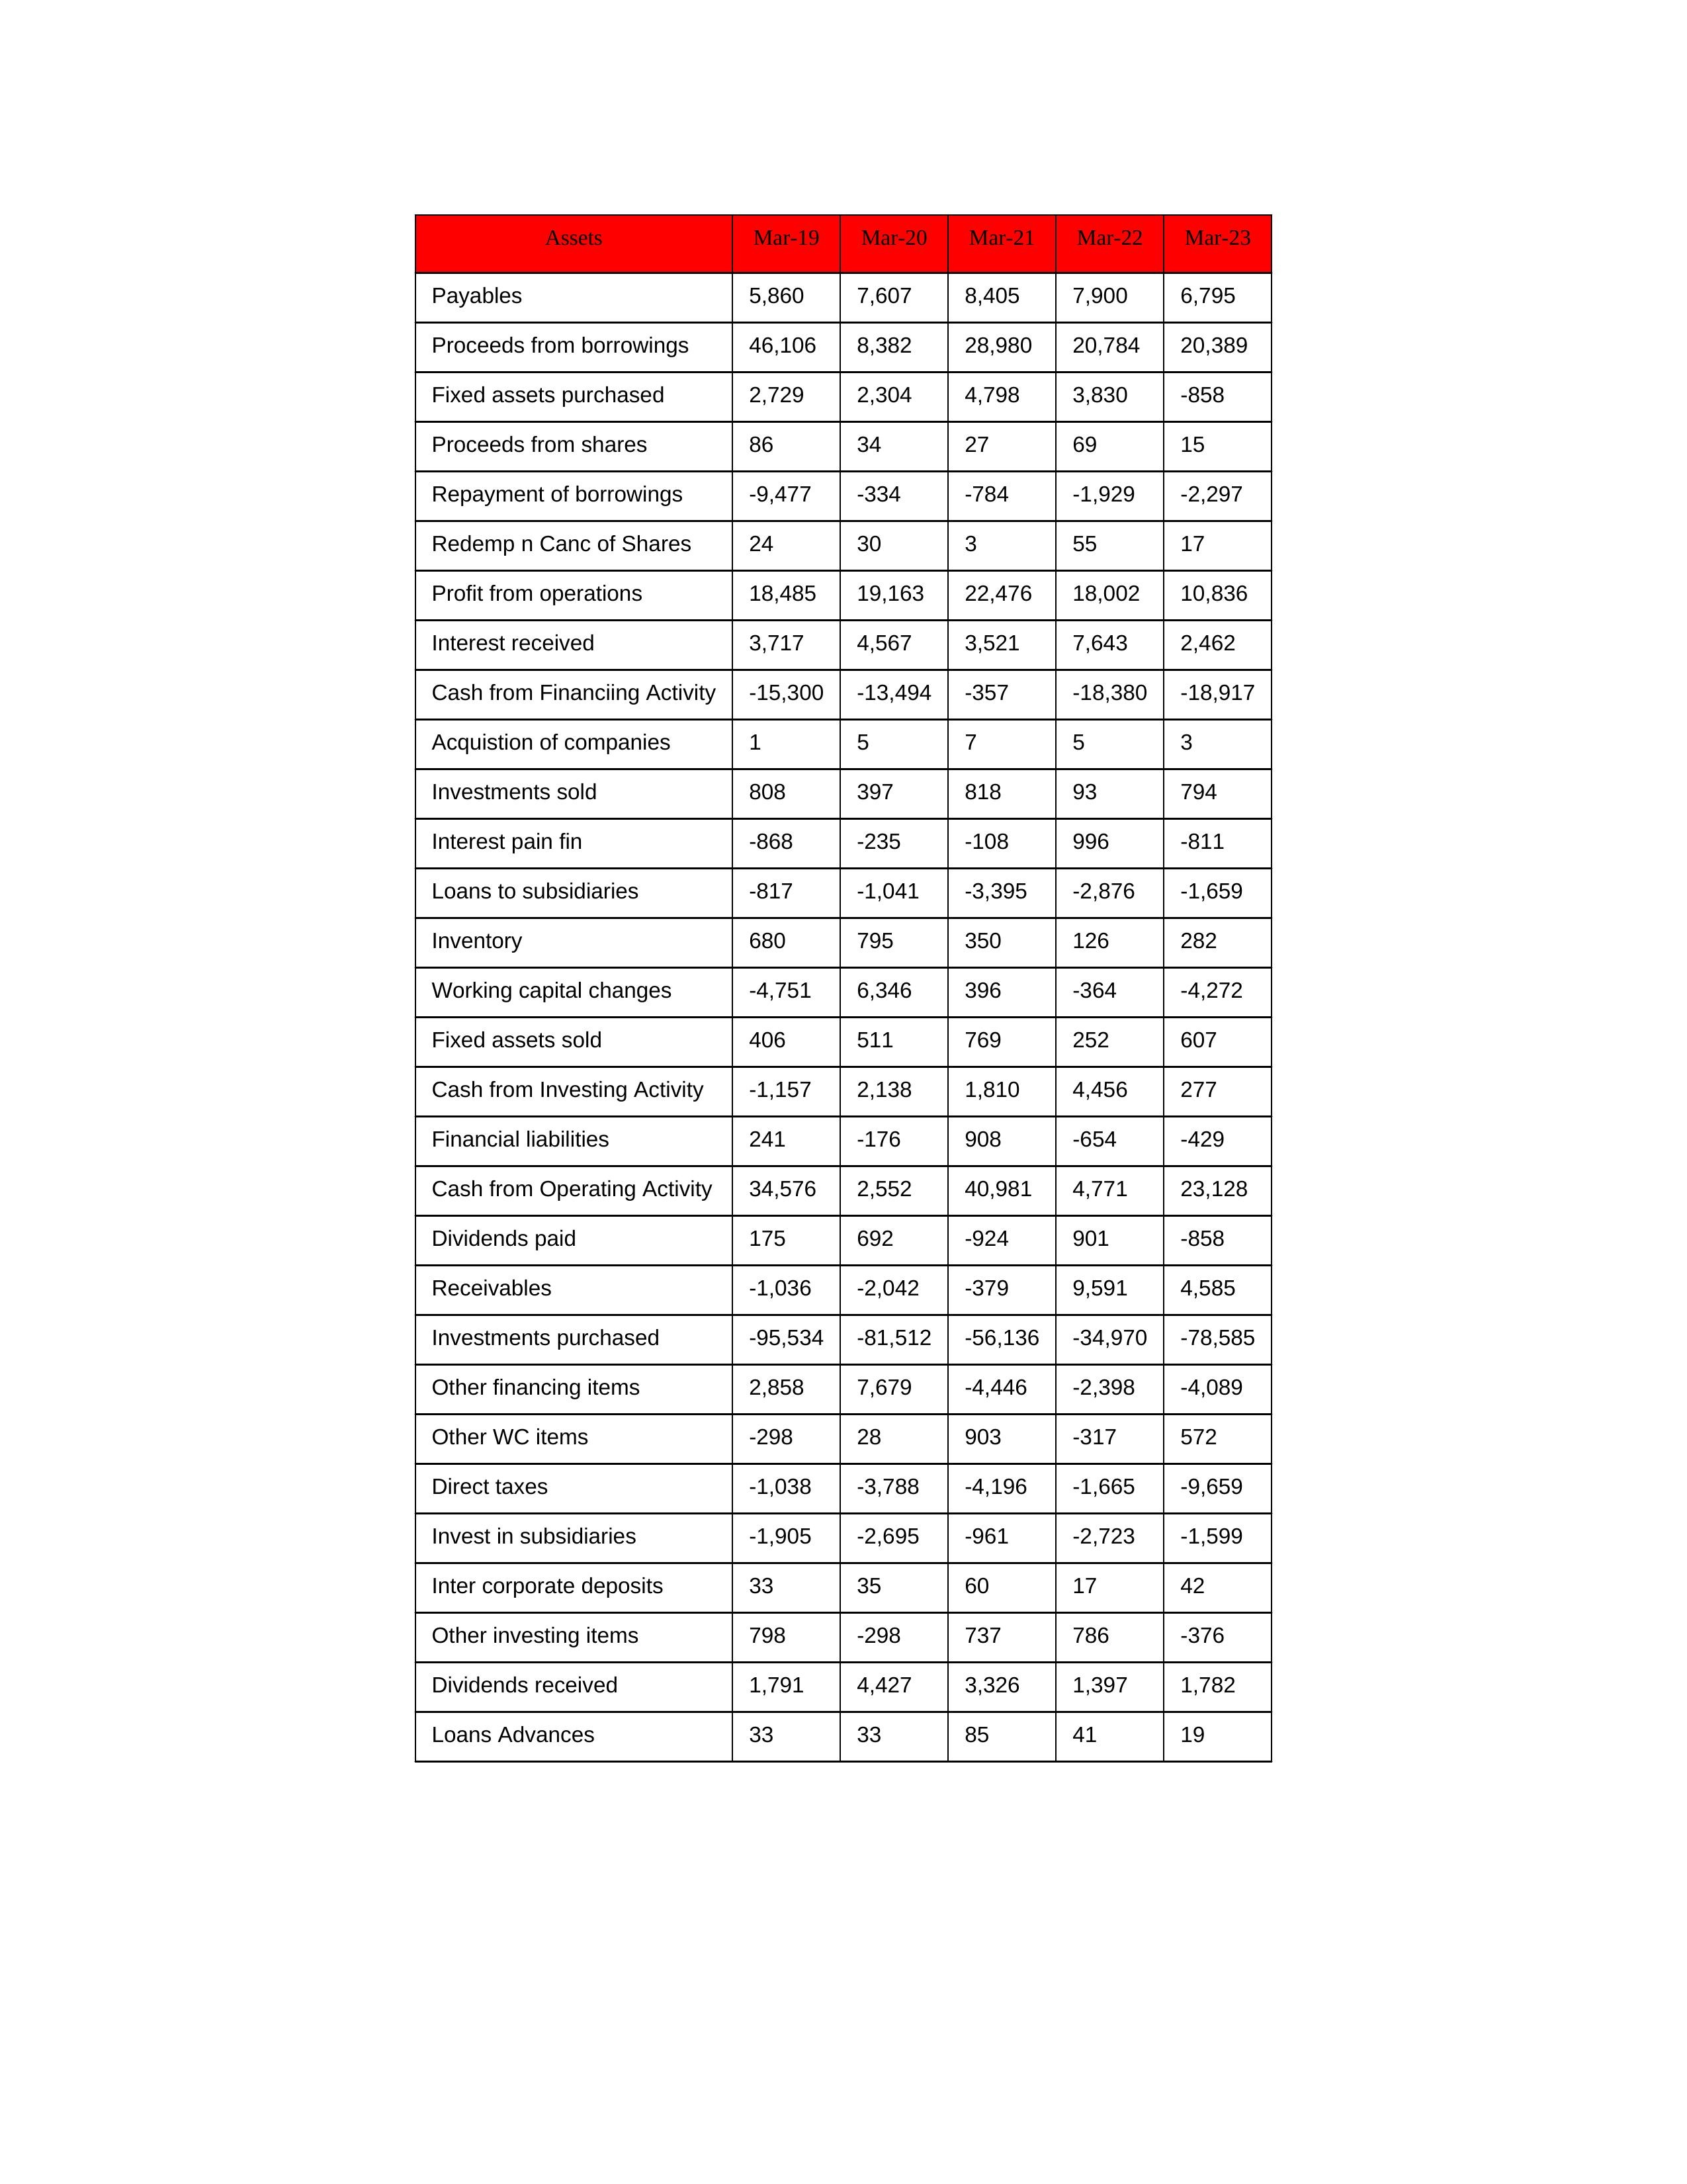
gt_parse: Mar-19: Cash from Operating Activity: 34,576
Profit from operations: 18,485
Receivables: -1,036
Inventory: 680
Payables: 5,860
Loans Advances: 33
Other WC items: -298
Working capital changes: -4,751
Direct taxes: -1,038
Cash from Investing Activity: -1,157
Fixed assets purchased: 2,729
Fixed assets sold: 406
Investments purchased: -95,534
Investments sold: 808
Interest received: 3,717
Dividends received: 1,791
Invest in subsidiaries: -1,905
Loans to subsidiaries: -817
Redemp n Canc of Shares: 24
Acquistion of companies: 1
Inter corporate deposits: 33
Other investing items: 798
Cash from Financiing Activity: -15,300
Proceeds from shares: 86
Proceeds from borrowings: 46,106
Repayment of borrowings: -9,477
Interest pain fin: -868
Dividends paid: 175
Financial liabilities: 241
Other financing items: 2,858
Mar-20: Cash from Operating Activity: 2,552
Profit from operations: 19,163
Receivables: -2,042
Inventory: 795
Payables: 7,607
Loans Advances: 33
Other WC items: 28
Working capital changes: 6,346
Direct taxes: -3,788
Cash from Investing Activity: 2,138
Fixed assets purchased: 2,304
Fixed assets sold: 511
Investments purchased: -81,512
Investments sold: 397
Interest received: 4,567
Dividends received: 4,427
Invest in subsidiaries: -2,695
Loans to subsidiaries: -1,041
Redemp n Canc of Shares: 30
Acquistion of companies: 5
Inter corporate deposits: 35
Other investing items: -298
Cash from Financiing Activity: -13,494
Proceeds from shares: 34
Proceeds from borrowings: 8,382
Repayment of borrowings: -334
Interest pain fin: -235
Dividends paid: 692
Financial liabilities: -176
Other financing items: 7,679
Mar-21: Cash from Operating Activity: 40,981
Profit from operations: 22,476
Receivables: -379
Inventory: 350
Payables: 8,405
Loans Advances: 85
Other WC items: 903
Working capital changes: 396
Direct taxes: -4,196
Cash from Investing Activity: 1,810
Fixed assets purchased: 4,798
Fixed assets sold: 769
Investments purchased: -56,136
Investments sold: 818
Interest received: 3,521
Dividends received: 3,326
Invest in subsidiaries: -961
Loans to subsidiaries: -3,395
Redemp n Canc of Shares: 3
Acquistion of companies: 7
Inter corporate deposits: 60
Other investing items: 737
Cash from Financiing Activity: -357
Proceeds from shares: 27
Proceeds from borrowings: 28,980
Repayment of borrowings: -784
Interest pain fin: -108
Dividends paid: -924
Financial liabilities: 908
Other financing items: -4,446
Mar-22: Cash from Operating Activity: 4,771
Profit from operations: 18,002
Receivables: 9,591
Inventory: 126
Payables: 7,900
Loans Advances: 41
Other WC items: -317
Working capital changes: -364
Direct taxes: -1,665
Cash from Investing Activity: 4,456
Fixed assets purchased: 3,830
Fixed assets sold: 252
Investments purchased: -34,970
Investments sold: 93
Interest received: 7,643
Dividends received: 1,397
Invest in subsidiaries: -2,723
Loans to subsidiaries: -2,876
Redemp n Canc of Shares: 55
Acquistion of companies: 5
Inter corporate deposits: 17
Other investing items: 786
Cash from Financiing Activity: -18,380
Proceeds from shares: 69
Proceeds from borrowings: 20,784
Repayment of borrowings: -1,929
Interest pain fin: 996
Dividends paid: 901
Financial liabilities: -654
Other financing items: -2,398
Mar-23: Cash from Operating Activity: 23,128
Profit from operations: 10,836
Receivables: 4,585
Inventory: 282
Payables: 6,795
Loans Advances: 19
Other WC items: 572
Working capital changes: -4,272
Direct taxes: -9,659
Cash from Investing Activity: 277
Fixed assets purchased: -858
Fixed assets sold: 607
Investments purchased: -78,585
Investments sold: 794
Interest received: 2,462
Dividends received: 1,782
Invest in subsidiaries: -1,599
Loans to subsidiaries: -1,659
Redemp n Canc of Shares: 17
Acquistion of companies: 3
Inter corporate deposits: 42
Other investing items: -376
Cash from Financiing Activity: -18,917
Proceeds from shares: 15
Proceeds from borrowings: 20,389
Repayment of borrowings: -2,297
Interest pain fin: -811
Dividends paid: -858
Financial liabilities: -429
Other financing items: -4,089